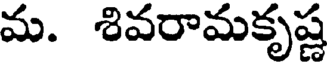
మ. శివరామకృష్ణ